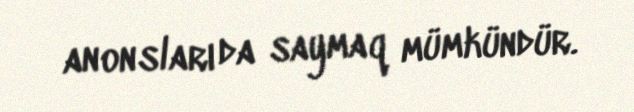
anonsları da saymaq mümkündür.